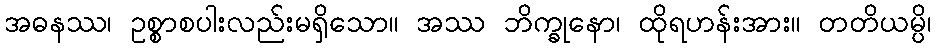
အဓနဿ၊ ဥစ္စာစပါးလည်းမရှိသော။ အဿ ဘိက္ခုနော၊ ထိုရဟန်းအား။ တတိယမ္ပိ၊